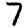
Digit: 7